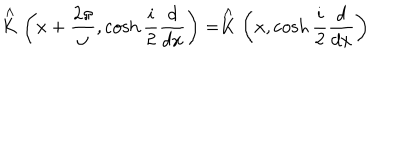
LaTeX: \stackrel { \wedge } { K } \left( x + \frac { 2 \pi } { \omega } , \cosh \frac { i } { 2 } \frac { d } { d x } \right) = \stackrel { \wedge } { K } \left( x , \cosh \frac { i } { 2 } \frac { d } { d x } \right)